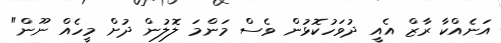
އަނެއްކާ ރާޒް އެއީ ދުވަހުކޮޅުން ވެސް މަންމަ ލޮލުން ދުށް މީހެއް ނޫން"